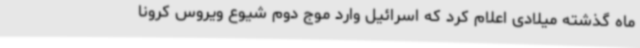
ماه گذشته میلادی اعلام کرد که اسرائیل وارد موج دوم شیوع ویروس کرونا